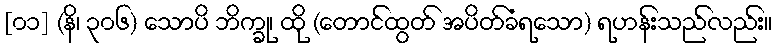
[၀၁] (နိ၊ ၃၀၆) သောပိ ဘိက္ခု၊ ထို (တောင်ထွတ် အပိတ်ခံရသော) ရဟန်းသည်လည်း။